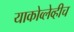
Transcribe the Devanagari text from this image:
याकोव्लेव्हीच